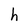
Character: h